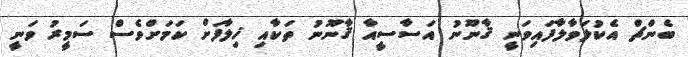
ބެންޗް އެކުލަވާލާފައިވަނީ ޤާނޫނު އަސާސީއާ ޤާނޫނު ތަކާއި ޚިލާފަށް ކަމަށްވެސް ސަމީރު ވަނީ